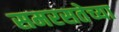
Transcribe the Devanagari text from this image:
समरसतेच्या